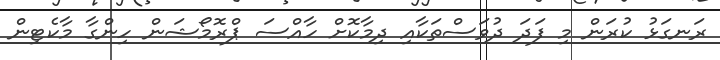
ރަނގަޅު ކުރަން މި ފަދަ ދުވަސްތަކާއި ދިމާކޮށް ހާއްސަ ޕްރޮމޯޝަން ހިންގާ މާކެޓިން